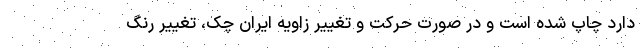
دارد چاپ شده است و در صورت حرکت و تغییر زاویه ایران چک، تغییر رنگ